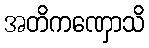
အတိကဏှောသိ